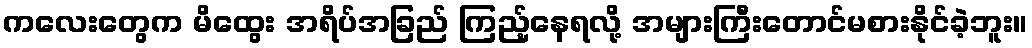
ကလေးတွေက မိထွေး အရိပ်အခြည် ကြည့်နေရလို့ အများကြီးတောင်မစားနိုင်ခဲ့ဘူး။